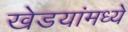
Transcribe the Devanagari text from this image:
खेडयांमध्ये